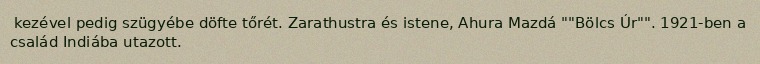
kezével pedig szügyébe döfte tőrét. Zarathustra és istene, Ahura Mazdá ""Bölcs Úr"". 1921-ben a család Indiába utazott.